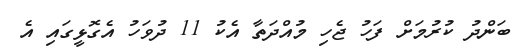
ބަންދު ކުރުމަށް ފަހު ޖެހި މުއްދަތާ އެކު 11 ދުވަހު އެގޮޅީގައި އެ